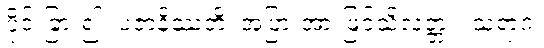
ပိုင်းခြား၍။ ပဇာနိဿတိ၊ အပြားအားဖြင့်သိလတ္တံ့။ သရာဂံ၊